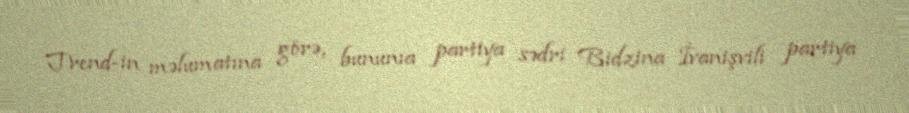
Trend-in məlumatına görə, bununıa partiya sədri Bidzina İvanişvili partiya